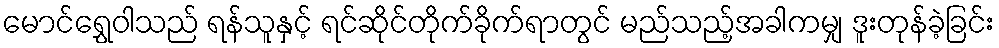
မောင်ရွှေဝါသည် ရန်သူနှင့် ရင်ဆိုင်တိုက်ခိုက်ရာတွင် မည်သည့်အခါကမျှ ဒူးတုန်ခဲ့ခြင်း